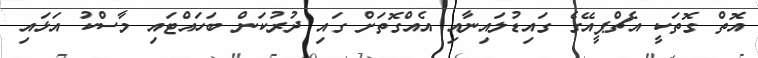
އޮތް ގޮތަކީ އެޗްޕީއޭގެ ގައިޑުލައިނާއި އެއްގޮތަށް ގައި ދުރުކަން ބަހައްޓައި މާސްކު އަޅައި